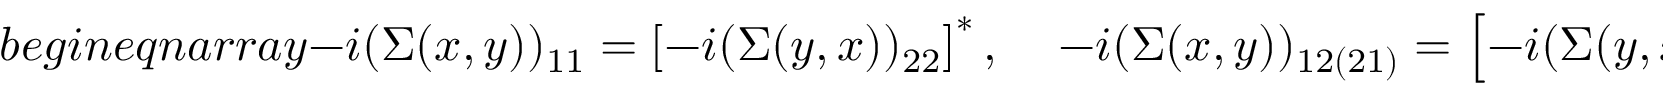
b e g i n { e q n a r r a y } - i ( \Sigma ( x , y ) ) _ { 1 1 } = \left[ - i ( \Sigma ( y , x ) ) _ { 2 2 } \right] ^ { * } , \; \; \; \; - i ( \Sigma ( x , y ) ) _ { 1 2 ( 2 1 ) } = \left[ - i ( \Sigma ( y , x ) ) _ { 1 2 ( 2 1 ) } \right] ^ { * } .